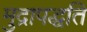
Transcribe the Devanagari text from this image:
मुद्रापद्धति